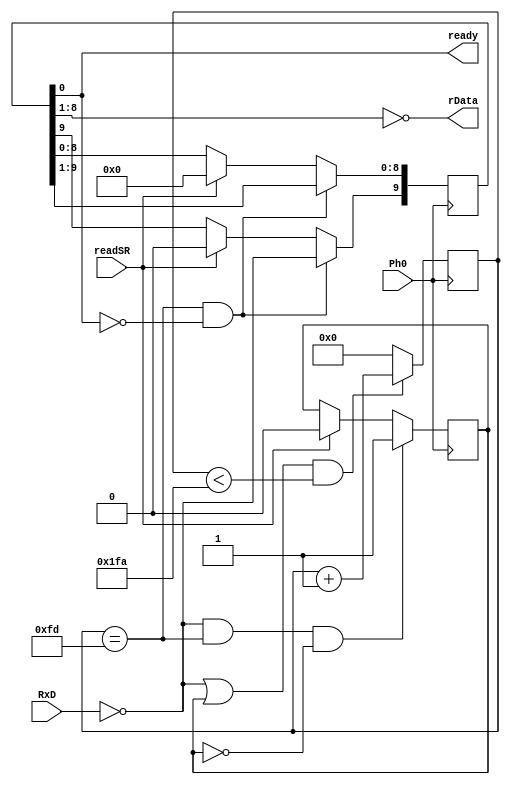
`timescale 1ns / 1ps

//  Copyright Microsoft Corporation, 2008

module rs232rcv(
  input Ph0, //66.5 MHz clock (15.03ns)
  input RxD, //received data
  output [7:0] rData, //received character
  output ready,
  input readSR 
);

wire runCounter;
(* KEEP = "TRUE" *) wire midBit;
reg [9:0] bitCounter;
reg [9:0] sr;
reg run;

/* synthesis translate_off */
initial begin
  run = 1'b0;
  sr  = 10'b0; 
end
/* synthesis translate_on */

/*
An rs232 receiver for 115,200 bps, 8 data bits.  Holds one character, which must be read
before the following character arrives.

Initially run = bitCounter = sr == 0.  When RxD falls, bitCount increments.  If RxD is still
0 at midBit, run is set.  This keeps bitCount advancing through 0..BitTime ulntil run falls,
which occurs when the start bit shifts into sr[0].  The shift register samples every midBit.
The character is ~sr[8:1].  When the system reads the character (readSR = 1), the shift register is cleared.
*/

  assign runCounter = ~RxD | run;
//  assign midBit = bitCounter == 271;
//  assign midBit = bitCounter == 290;		//266
  assign midBit = bitCounter == 253;		//233
  
  always @(posedge Ph0)  //the bitCounter
 //   if(runCounter & (bitCounter < 542)) bitCounter <= bitCounter + 1;
//    if(runCounter & (bitCounter < 579)) bitCounter <= bitCounter + 1;	//266
    if(runCounter & (bitCounter < 506)) bitCounter <= bitCounter + 1;	//233
    else bitCounter <= 0;
    
  always @(posedge Ph0) // the run flipflop
    if(~RxD & midBit & ~run) run <= 1;
    else if(readSR) run <= 0;
    
  always @(posedge Ph0)
    if(midBit & ~sr[0]) begin
      sr[8:0] <= sr[9:1]; //right shift
      sr[9] <= ~RxD; //sample the input
    end
    else if(readSR) sr <= 0;
  
  assign ready = sr[0];
  assign rData = ~sr[8:1];
  
 endmodule